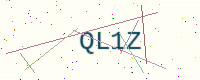
Text: QL1Z